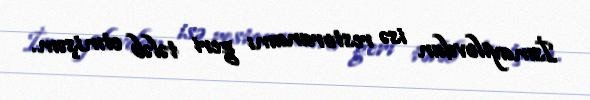
İsmayılovdan isə restoranamı geri tələb etmişəm.